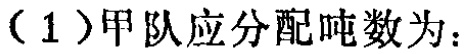
（1）甲队应分配吨数为：